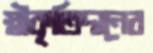
স্বীকৃতিদানের